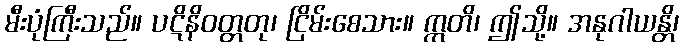
မီးပုံကြီးသည်။ ပဋိနိဝတ္တတု၊ ငြိမ်းစေသား။ ဣတိ၊ ဤသို့။ အနုဂါယန္တိ၊